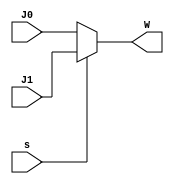
`timescale 1ns/1ns
module Mux_2to1(s, J0, J1,  W);
    input s;
    input [6:0] J0;
    input [6:0] J1;
    output [6:0] W;
	assign W = s ? J1 : J0;
endmodule